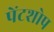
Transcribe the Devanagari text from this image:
पेंटशोप